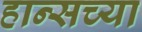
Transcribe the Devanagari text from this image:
हान्सच्या